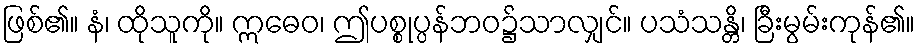
ဖြစ်၏။ နံ၊ ထိုသူကို။ ဣဓေဝ၊ ဤပစ္စုပ္ပန်ဘဝ၌သာလျှင်။ ပသံသန္တိ၊ ခြီးမွမ်းကုန်၏။